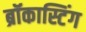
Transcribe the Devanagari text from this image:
ब्रॉकास्टिंग